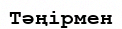
Тәңірмен